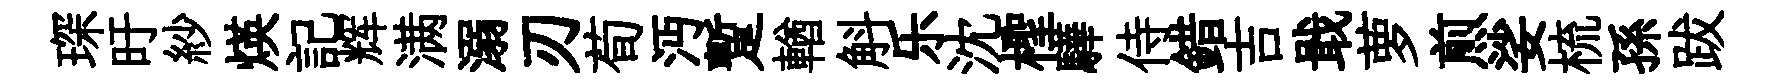
琛旴紗煐記辉满溺刃荀沔蹔輶斛乐沈檉驊侍錯吉戢萝煎娑梳孫跋